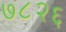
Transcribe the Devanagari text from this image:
७८२६